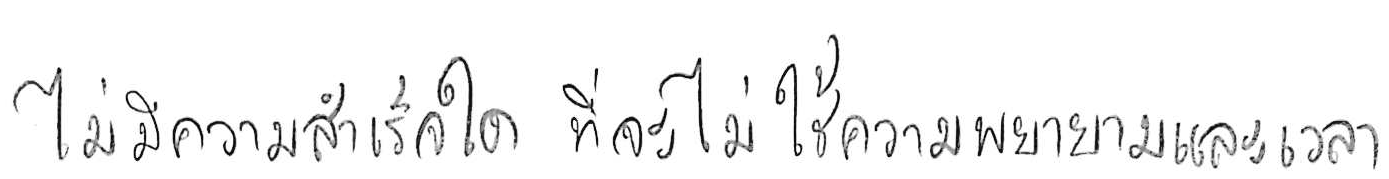
ไม่มีความสำเร็จใด ที่จะไม่ใช้ความพยายามและเวลา